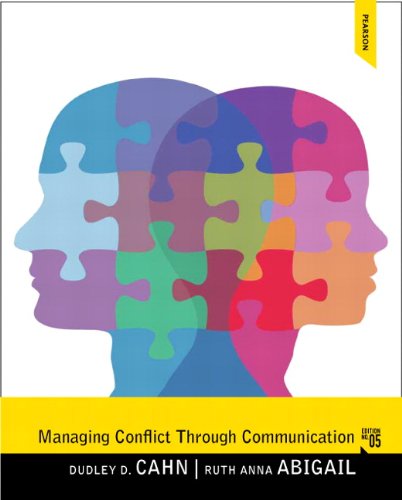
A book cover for Managing Conflict through Communication (5th Edition); Dudley D. Cahn; Humor & Entertainment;